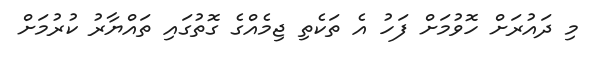
މި ދައުރަށް ހޮވުމަށް ފަހު އެ ތަކެތި ޖިމެއްގެ ގޮތުގައި ތައްޔާރު ކުރުމަށް